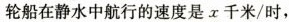
轮船在静水中航行的速度是x千米/时，